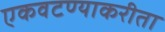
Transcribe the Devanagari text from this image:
एकवटण्याकरीता